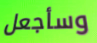
وسأجعل